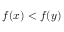
f \! \left( x \right) < f \! \left( y \right)